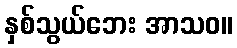
နှစ်သွယ်ဘေး အာသဝ။